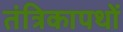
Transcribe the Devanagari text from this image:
तंत्रिकापथों